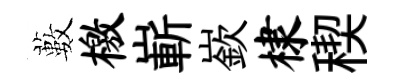
藪檄嶄嶔棣稧